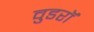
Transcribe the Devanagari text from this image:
वुडरॉ